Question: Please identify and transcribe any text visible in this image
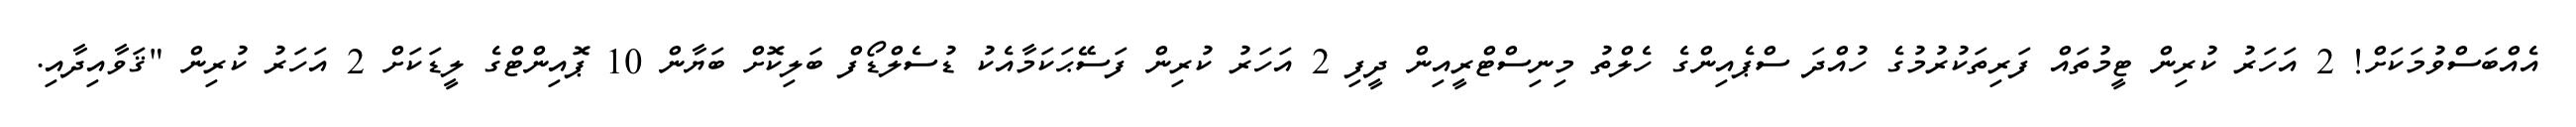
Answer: އެއްބަސްވުމަކަށް! 2 އަހަރު ކުރިން ޓީމުތައް ފަރިތަކުރުމުގެ ހުއްދަ ސްޕެއިންގެ ހެލްތު މިނިސްޓްރީއިން ދީފި 2 އަހަރު ކުރިން ފަސޭޙަކަމާއެކު ޑުސެލްޑޯފް ބަލިކޮށް ބަޔާން 10 ޕޮއިންޓްގެ ލީޑަކަށް 2 އަހަރު ކުރިން "ޤަވާއިދާއި.